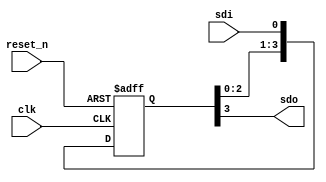
`timescale 1us/1ns 
module shift_reg_siso(
  input reset_n,
  input clk,
  input sdi, // serial data in 
  output sdo // serial data out 
);
  
  //internal 4 bit wide register
  reg [3:0] siso; 
  
  always @(posedge clk or negedge reset_n) begin 
    if(!reset_n)
      siso <= 4'b0;
    else 
      siso[3:0] <= {siso[2:0],sdi};
  end 
  
  //connect sdo to the register msb
  assign sdo = siso[3];
endmodule